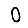
Digit: 0